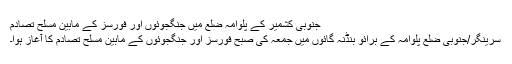
جنوبی کشمیر کے پلوامہ ضلع میں جنگجوئوں اور فورسز کے مابین مسلح تصادم
سرینگر/جنوبی ضلع پلوامہ کے برائو بنڈنہ گائوں میں جمعہ کی صبح فورسز اور جنگجوئوں کے مابین مسلح تصادم کا آغاز ہوا۔